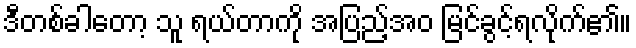
ဒီတစ်ခါတော့ သူ ရယ်တာကို အပြည့်အဝ မြင်ခွင့်ရလိုက်၏။